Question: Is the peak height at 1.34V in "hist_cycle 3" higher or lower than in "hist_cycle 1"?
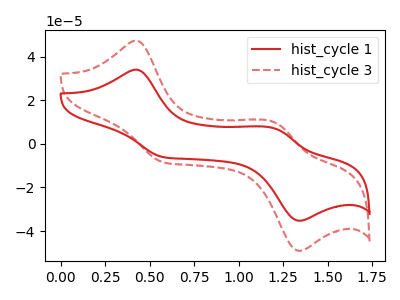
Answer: <think>The red curve "hist_cycle 1" has anodic peaks at (0.40V, 34.00uA) (1.20V, 7.05uA) and cathodic peaks at (0.55V, -6.00uA) (1.35V, -35.25uA). The red dashed curve "hist_cycle 3" has anodic peaks at (0.40V, 47.30uA) (1.20V, 9.80uA) and cathodic peaks at (0.55V, -8.35uA) (1.35V, -49.00uA).</think>
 <answer>The peak at 1.34V is higher in "hist_cycle 3" than in "hist_cycle 1".</answer>
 <eval>higher</eval>